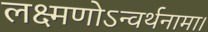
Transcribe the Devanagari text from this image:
लक्ष्मणोऽन्वर्थनामा।